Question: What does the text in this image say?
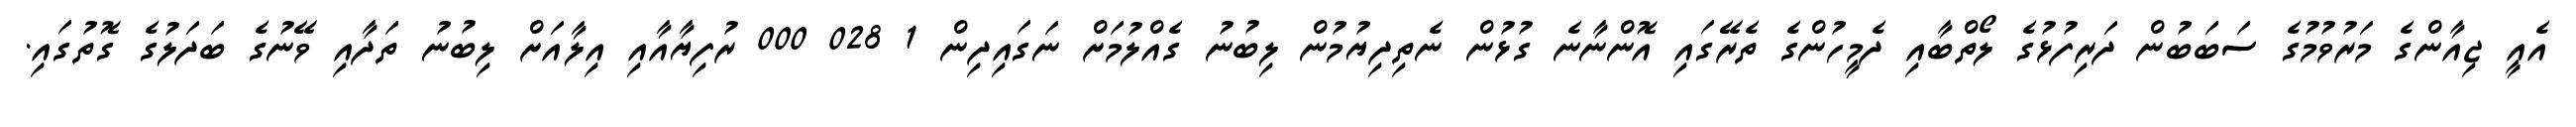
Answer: އެއީ ޖިއާންގެ މަރުވުމުގެ ސަބަބުން ދަރިފުޅުގެ ލޯތްބާއި ދެމީހުންގެ ތެރޭގައި އޮންނާނެ ގުޅުން ނެތިދިޔުމުން ލިބުނު ގެއްލުމަށް ނަގައިދިން 1 028 000 ރުފިޔާއާއި އިލާއަށް ލިބުނު ތަދާއި ވޭނުގެ ބަދަލުގެ ގޮތުގައި.